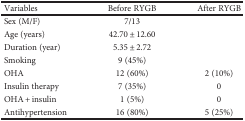
<table><thead><tr><td><b>Variables</b></td><td><b>Before RYGB</b></td><td><b>After RYGB</b></td></tr></thead><tbody><tr><td>Sex (M/F)</td><td>7/13</td><td></td></tr><tr><td>Age (years)</td><td>42.70 ± 12.60</td><td></td></tr><tr><td>Duration (year)</td><td>5.35 ± 2.72</td><td rowspan="2"></td></tr><tr><td>Smoking</td><td>9 (45%)</td></tr><tr><td>OHA</td><td>12 (60%)</td><td>2 (10%)</td></tr><tr><td>Insulin therapy</td><td>7 (35%)</td><td>0</td></tr><tr><td>OHA + insulin</td><td>1 (5%)</td><td>0</td></tr><tr><td>Antihypertension</td><td>16 (80%)</td><td>5 (25%)</td></tr></tbody></table>